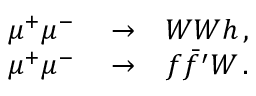
\begin{array} { r l r } { \mu ^ { + } \mu ^ { - } } & { { } \to } & { W W h \, , } \\ { \mu ^ { + } \mu ^ { - } } & { { } \to } & { f \bar { f ^ { \prime } } W \, . } \end{array}